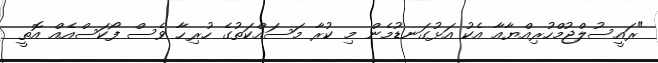
"ރައީސުލްޖުމްހުރިއްޔާއާ އެކު އަޅުގަނޑުމެން މި ކުރާ މަސައްކަތުގެ ހުރިހާ ވެސް ފޯކަސްއެއް އޮތީ